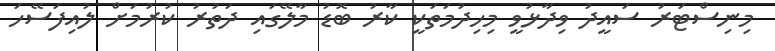
މިނިސްޓަރު ސައީދު ވިދާޅުވީ މިހިދުމަތަކީ ކާރު ބޮޑު މާލޭގައި ދަތުރު ކުރުމަށް ލުއިފަސޭހަ